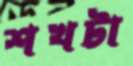
শখটা